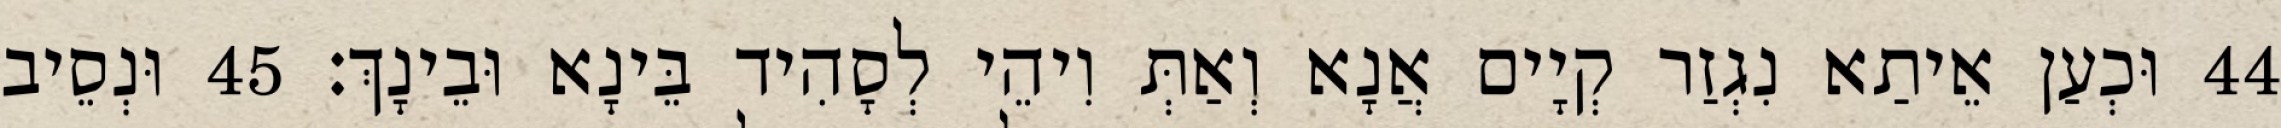
44 וּכְעַן אֵיתַא נִגְזַר קְיָים אֲנָא וְאַתְּ וִיהֵי לְסָהִיד בֵּינָא וּבֵינָךְ׃ 45 וּנְסֵיב